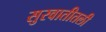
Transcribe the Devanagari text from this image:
सुरवातीतली